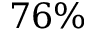
7 6 \%